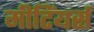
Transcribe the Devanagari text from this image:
मीटिंयर्स